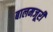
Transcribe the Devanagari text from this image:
बालमजूरी